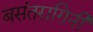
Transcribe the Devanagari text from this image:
बसंतरागिनी